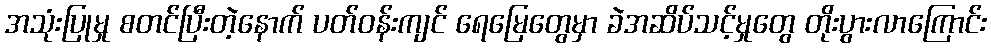
အသုံးပြုမှု စတင်ပြီးတဲ့နောက် ပတ်ဝန်းကျင် ရေမြေတွေမှာ ခဲအဆိပ်သင့်မှုတွေ တိုးပွားလာကြောင်း